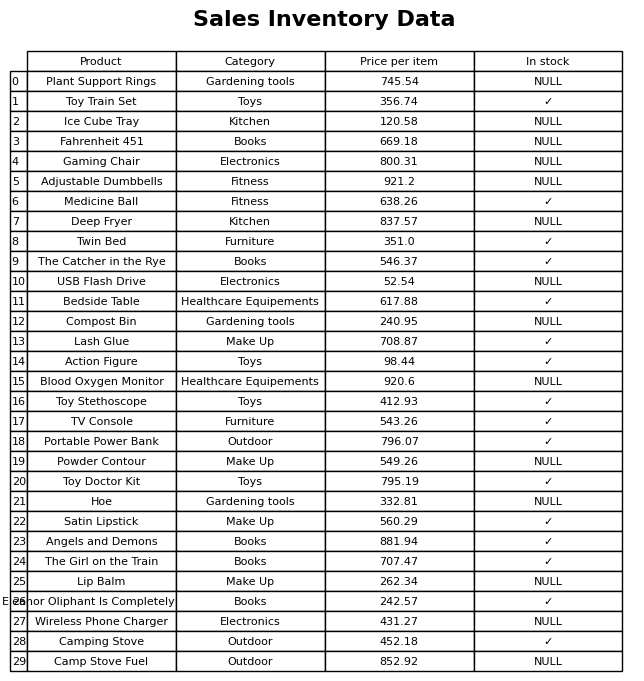
question: Is the Action Figure in stock?
answer: ✓